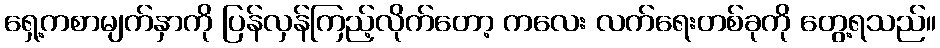
ရှေ့ကစာမျက်နှာကို ပြန်လှန်ကြည့်လိုက်တော့ ကလေး လက်ရေးတစ်ခုကို တွေ့ရသည်။